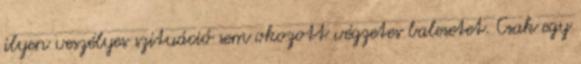
ilyen veszélyes szituáció sem okozott végzetes balesetet. Csak egy